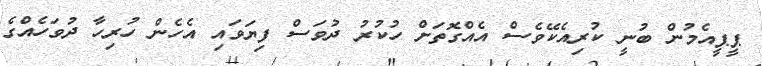
ޕީޕީއެމުން ބުނީ ކުރިއެކޭވެސް އެއްގޮތަށް ހުކުރު ދުވަސް ފިޔަވައި އެހެން ހުރިހާ ދުވަހެއްގެ